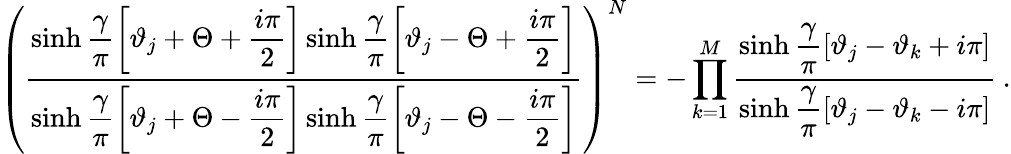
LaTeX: \left(\displaystyle\frac{\sinh\displaystyle\frac{\gamma}{\pi}\left[\vartheta_{j}+\Theta+\displaystyle\frac{i\pi}{2}\right]\sinh\displaystyle\frac{\gamma}{\pi}\left[\vartheta_{j}-\Theta+\displaystyle\frac{i\pi}{2}\right]}{\sinh\displaystyle\frac{\gamma}{\pi}\left[\vartheta_{j}+\Theta-\displaystyle\frac{i\pi}{2}\right]\sinh\displaystyle\frac{\gamma}{\pi}\left[\vartheta_{j}-\Theta-\displaystyle\frac{i\pi}{2}\right]}\right)^{N}=-\prod_{k=1}^{M}\displaystyle\frac{\sinh\displaystyle\frac{\gamma}{\pi}\left[\vartheta_{j}-\vartheta_{k}+i\pi\right]}{\sinh\displaystyle\frac{\gamma}{\pi}\left[\vartheta_{j}-\vartheta_{k}-i\pi\right]}\: .